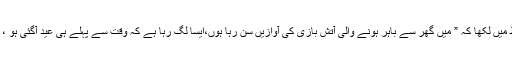
انہوں نے صاف الفاظ میں لکھا کہ ” میں گھر سے باہر ہونے والی آتش بازی کی آوازیں سن رہا ہوں،ایسا لگ رہا ہے کہ وقت سے پہلے ہی عید آگئی ہو ، مبارک باد، پاکستان۔